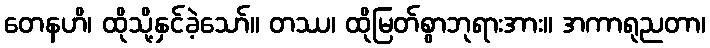
တေနဟိ၊ ထိုသို့နှင်ခဲ့သော်။ တဿ၊ ထိုမြတ်စွာဘုရားအား။ အကာရုညတာ၊